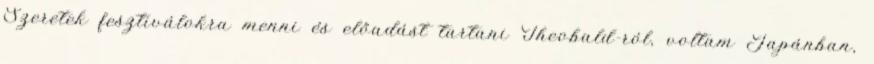
Szeretek fesztiválokra menni és előadást tartani Theobald-ról, voltam Japánban,